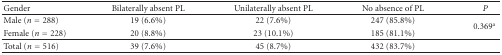
<table><thead><tr><td><b>Gender</b></td><td><b>Bilaterally absent PL</b></td><td><b>Unilaterally absent PL</b></td><td><b>No absence of PL</b></td><td><b><i>P</i></b></td></tr></thead><tbody><tr><td>Male (<i>n</i> = 288)</td><td>19 (6.6%) </td><td>22 (7.6%) </td><td>247 (85.8%) </td><td rowspan="2">0.369<sup>a</sup></td></tr><tr><td>Female (<i>n</i> = 228)</td><td>20 (8.8%)</td><td>23 (10.1%)</td><td>185 (81.1%)</td></tr><tr><td>Total (<i>n</i> = 516) </td><td>39 (7.6%)</td><td>45 (8.7%)</td><td>432 (83.7%) </td><td> </td></tr></tbody></table>